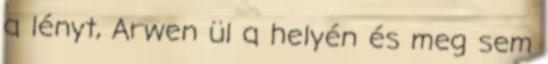
a lényt, Arwen ül a helyén és meg sem